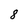
Character: 8